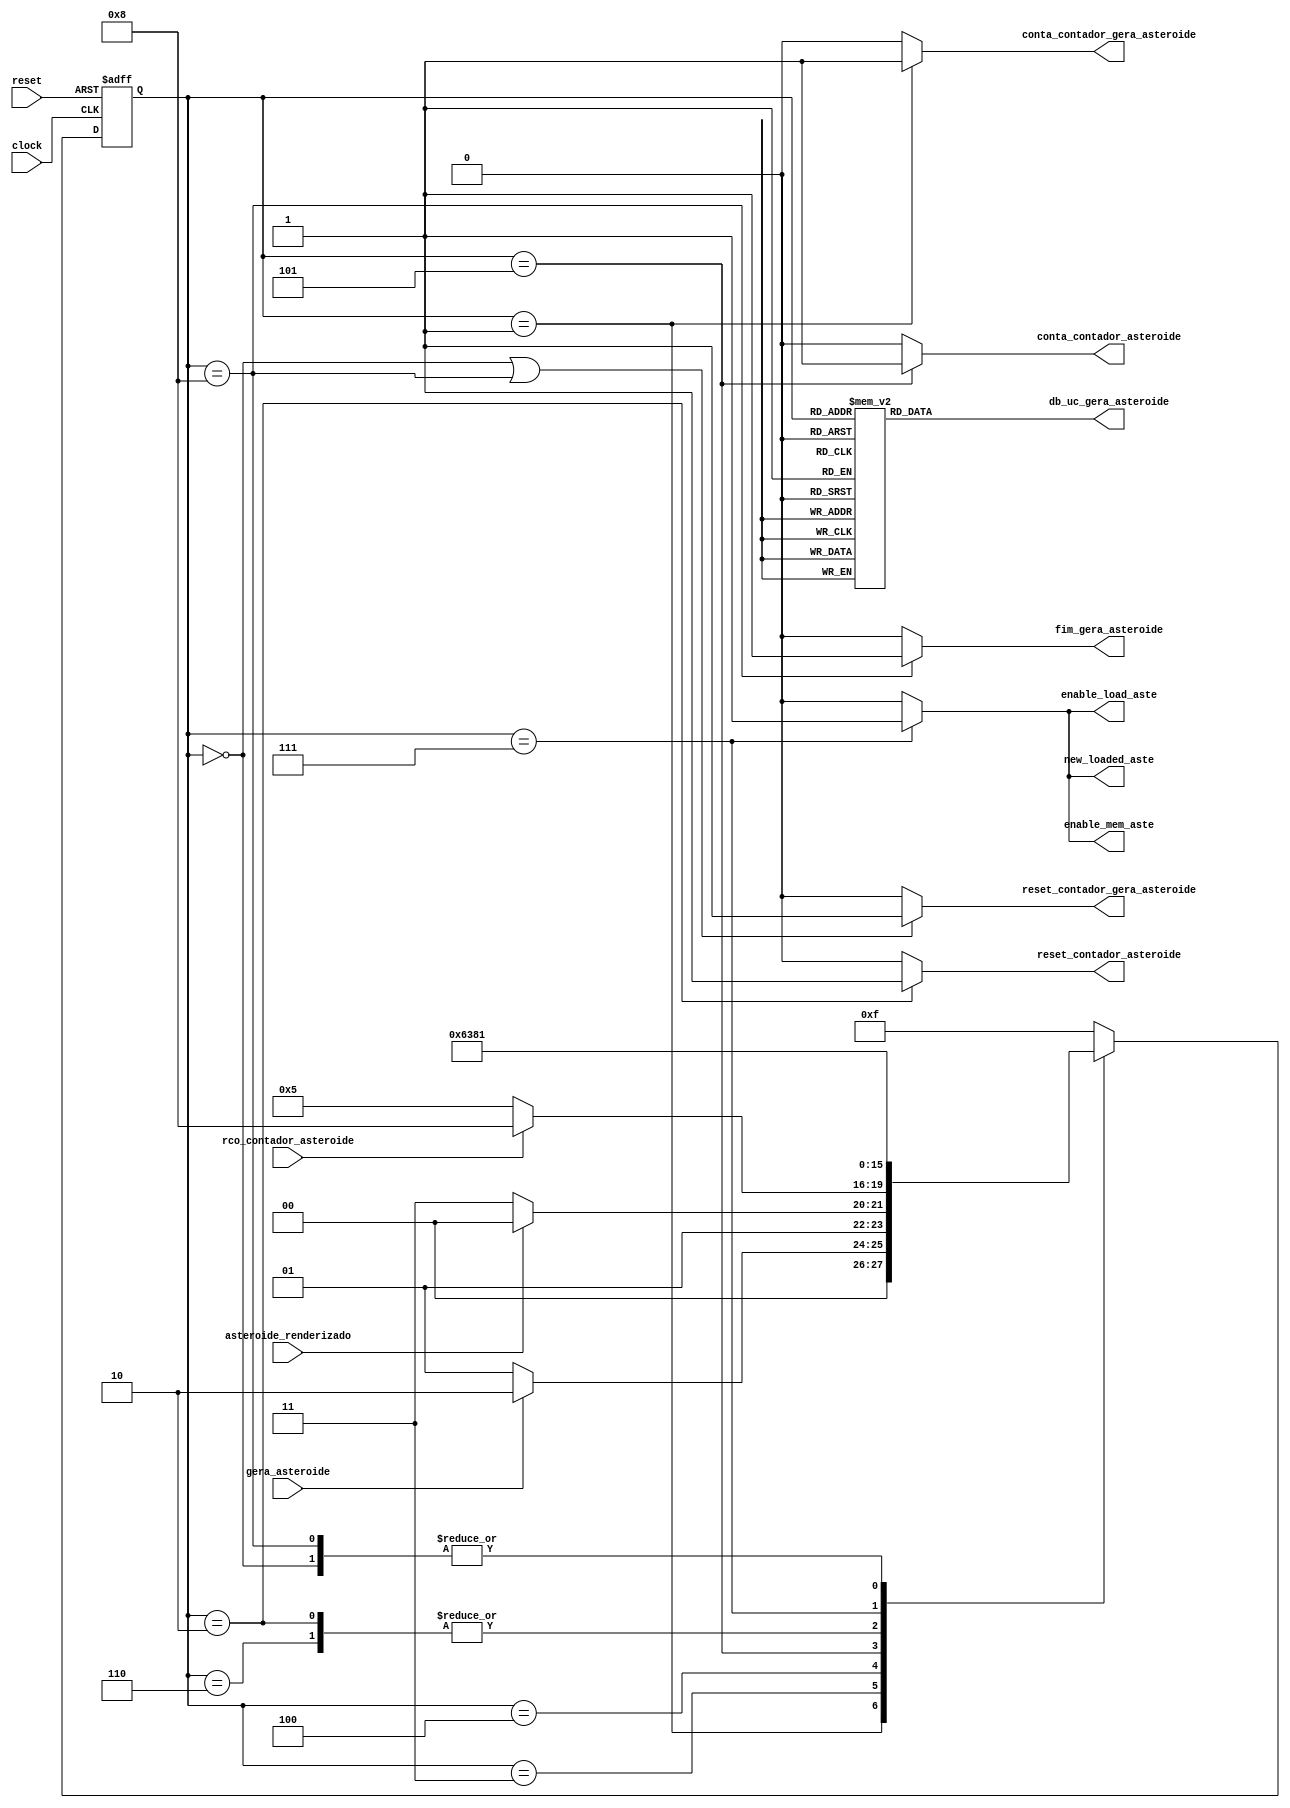
/*
*       A unidade de controle responsvel por gerar asteroides,  percorrido a memoria de asteroides e quando 
*       um asteroide desrenderizado  encontrado, ele  substituido por um asteroide renderizado em uma 
*       posio aleatoriamente
*
*/
module uc_gera_asteroide (
        /* input */
        input clock,
        input reset,
        input gera_asteroide,
        input rco_contador_asteroide,
        input asteroide_renderizado,
        /* output */
        output reg reset_contador_asteroide,
        output reg conta_contador_asteroide,
        output reg conta_contador_gera_asteroide,
        output reg reset_contador_gera_asteroide,
        output reg enable_mem_aste,
        output reg enable_load_aste,
        output reg new_loaded_aste,
        output reg fim_gera_asteroide,
        output reg [3:0] db_uc_gera_asteroide
);

        /* declarao dos estados dessa UC */
        parameter inicial                = 4'b0000; // 0
        parameter espera                 = 4'b0001; // 1
        parameter zera_contador          = 4'b0010; // 2
        parameter verifica_loaded        = 4'b0011; // 3
        parameter verifica_rco           = 4'b0100; // 4
        parameter incrementa_contador    = 4'b0101; // 5
        parameter espera_mem_aste        = 4'b0110; // 6
        parameter salva                  = 4'b0111; // 7
        parameter sinaliza               = 4'b1000; // 8
        parameter erro                   = 4'b1111; // F

        // Variveis de estado
        reg [3:0] estado_atual, proximo_estado;

        // Memria de estado
        always @(posedge clock or posedge reset) begin
                if (reset)
                        estado_atual <= inicial;
                else
                        estado_atual <= proximo_estado;
        end

        // mudana de estados
        always @* begin
        case (estado_atual)
                inicial:                 proximo_estado = espera;
                espera:                  proximo_estado = gera_asteroide ? zera_contador : espera;
                zera_contador:           proximo_estado = verifica_loaded;
                verifica_loaded:         proximo_estado = asteroide_renderizado ? verifica_rco : salva;
                verifica_rco:            proximo_estado = rco_contador_asteroide ? sinaliza : incrementa_contador;
                incrementa_contador:     proximo_estado = espera_mem_aste;
                espera_mem_aste:         proximo_estado = verifica_loaded;
                salva:                   proximo_estado = sinaliza;
                sinaliza:                proximo_estado = espera;
                default:                  proximo_estado = erro;
        endcase
    end

    // Lgica de sada (maquina Moore)
    always @* begin
        reset_contador_asteroide = (estado_atual == zera_contador)       ? 1'b1 : 1'b0;
        conta_contador_asteroide = (estado_atual == incrementa_contador) ? 1'b1 : 1'b0;
        enable_mem_aste          = (estado_atual == salva)               ? 1'b1 : 1'b0;
        enable_load_aste         = (estado_atual == salva)               ? 1'b1 : 1'b0;
        new_loaded_aste          = (estado_atual == salva)               ? 1'b1 : 1'b0; 
        fim_gera_asteroide       = (estado_atual == sinaliza)            ? 1'b1 : 1'b0;
        reset_contador_gera_asteroide = (estado_atual == inicial || estado_atual == sinaliza) ? 1'b1 : 1'b0;
        conta_contador_gera_asteroide = (estado_atual == espera) ? 1'b1 : 1'b0;
        // Sada de depurao (estado)
        case (estado_atual)
                inicial:                 db_uc_gera_asteroide = 4'b0000; // 0
                espera:                  db_uc_gera_asteroide = 4'b0001; // 1
                zera_contador:           db_uc_gera_asteroide = 4'b0010; // 2
                verifica_loaded:         db_uc_gera_asteroide = 4'b0011; // 3
                verifica_rco:            db_uc_gera_asteroide = 4'b0100; // 4
                incrementa_contador:     db_uc_gera_asteroide = 4'b0101; // 5
                espera_mem_aste:         db_uc_gera_asteroide = 4'b0110; // 6
                salva:                   db_uc_gera_asteroide = 4'b0111; // 7
                sinaliza:                db_uc_gera_asteroide = 4'b1000; // 8
                default:                 db_uc_gera_asteroide = 4'b1111;
        endcase
    end
endmodule